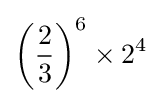
\left({\frac {2}{3}}\right)^{6}\times 2^{4}